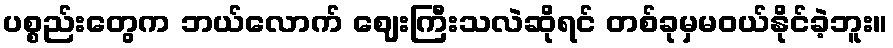
ပစ္စည်းတွေက ဘယ်လောက် ဈေးကြီးသလဲဆိုရင် တစ်ခုမှမဝယ်နိုင်ခဲ့ဘူး။